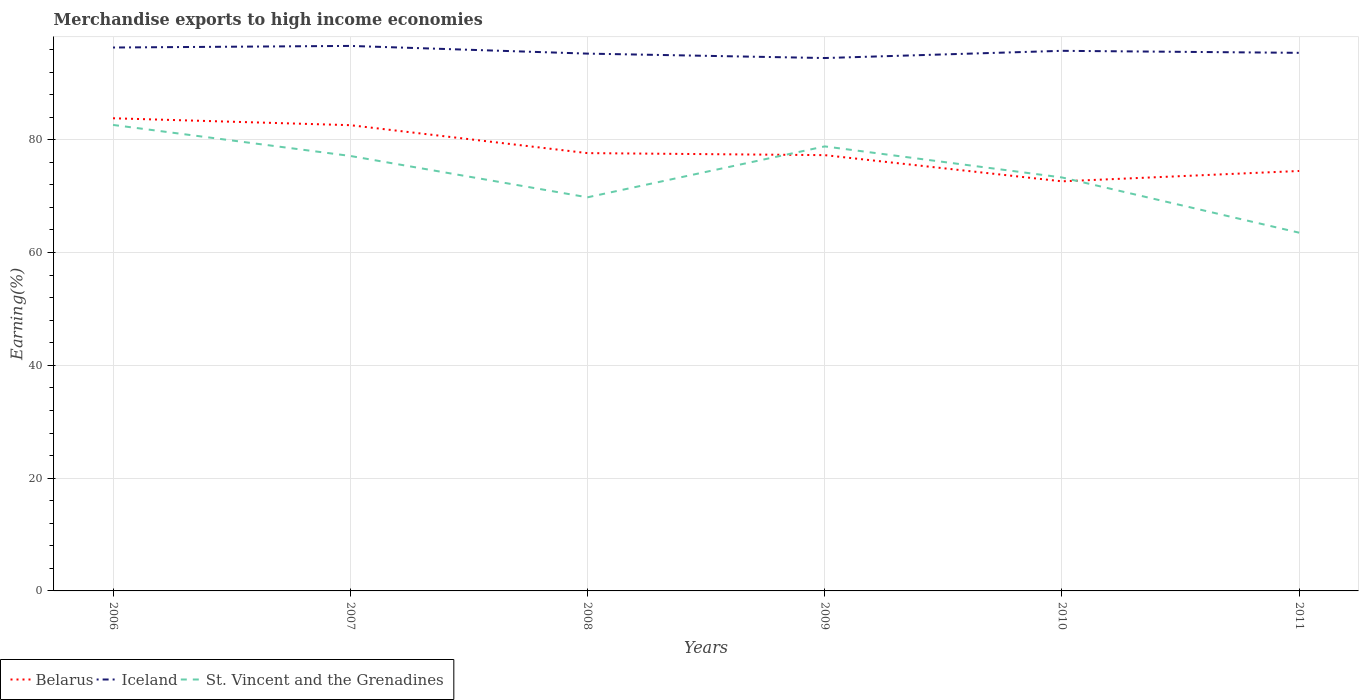
| Years | Belarus | Iceland | St. Vincent and the Grenadines |
 | --- | --- | --- | --- |
 | 2006 | 83.8 | 96.4 | 82.6 |
 | 2007 | 82.6 | 96.6 | 77.1 |
 | 2008 | 77.6 | 95.3 | 69.8 |
 | 2009 | 77.3 | 94.5 | 78.8 |
 | 2010 | 72.6 | 95.8 | 73.3 |
 | 2011 | 74.5 | 95.4 | 63.5 |